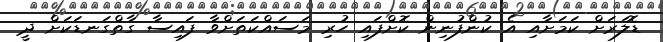
ޑޮލަރަށް ކަމަށާއި އެ ކުންފުނިން ކޮށްފައި ހުރި މަސައްކަތަށްވާ ފައިސާ ގާތްގަނޑަކަށް ދީ